Problem: 2 × 5 = ?
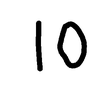
Handwritten answer: 10